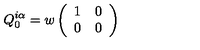
Q _ { 0 } ^ { i \alpha } = w \left( \begin{array} { c c } { 1 } & { 0 } \\ { 0 } & { 0 } \\ \end{array} \right)